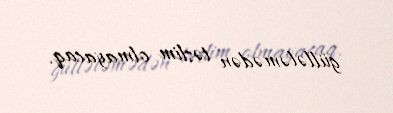
güllələmədən təslim olmayacaq.